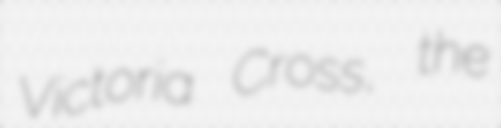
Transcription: Victoria Cross, the